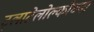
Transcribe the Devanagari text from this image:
ट्लाटेलोल्कोच्या